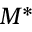
M ^ { \ast }